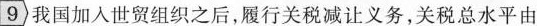
9我国加人世贸组织之后，履行关税减让义务，关税总水平由